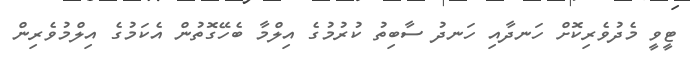
ޓީވީ މެދުވެރިކޮށް ހަނދާއި ހަނދު ސާބިތު ކުރުމުގެ އިލްމާ ބެހޭގޮތުން އެކަމުގެ އިލްމުވެރިން